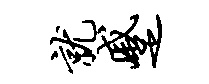
就蹙